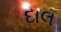
દાલ